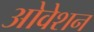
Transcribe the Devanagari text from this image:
ओवेशन